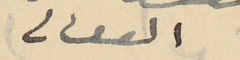
الفغالى